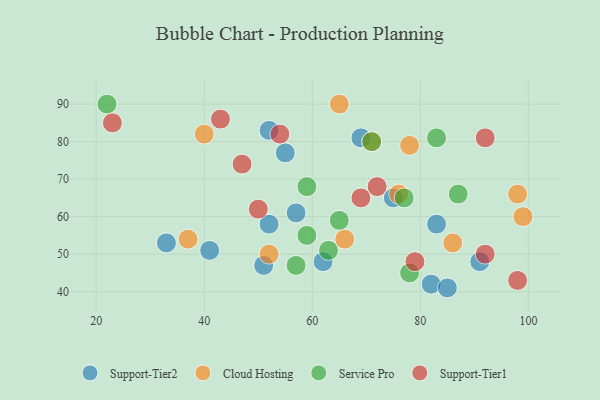
{"axis": {"x": "GDP", "y": "Life Expectancy"}, "legend": ["Cloud Hosting", "Service Pro", "Support-Tier1", "Support-Tier2"], "data": [{"x": "41", "y": 51, "type": "Support-Tier2"}, {"x": "82", "y": 42, "type": "Support-Tier2"}, {"x": "33", "y": 53, "type": "Support-Tier2"}, {"x": "91", "y": 48, "type": "Support-Tier2"}, {"x": "75", "y": 65, "type": "Support-Tier2"}, {"x": "69", "y": 81, "type": "Support-Tier2"}, {"x": "52", "y": 58, "type": "Support-Tier2"}, {"x": "62", "y": 48, "type": "Support-Tier2"}, {"x": "55", "y": 77, "type": "Support-Tier2"}, {"x": "85", "y": 41, "type": "Support-Tier2"}, {"x": "52", "y": 83, "type": "Support-Tier2"}, {"x": "57", "y": 61, "type": "Support-Tier2"}, {"x": "51", "y": 47, "type": "Support-Tier2"}, {"x": "83", "y": 58, "type": "Support-Tier2"}, {"x": "86", "y": 53, "type": "Cloud Hosting"}, {"x": "76", "y": 66, "type": "Cloud Hosting"}, {"x": "37", "y": 54, "type": "Cloud Hosting"}, {"x": "98", "y": 66, "type": "Cloud Hosting"}, {"x": "40", "y": 82, "type": "Cloud Hosting"}, {"x": "66", "y": 54, "type": "Cloud Hosting"}, {"x": "65", "y": 90, "type": "Cloud Hosting"}, {"x": "52", "y": 50, "type": "Cloud Hosting"}, {"x": "71", "y": 80, "type": "Cloud Hosting"}, {"x": "99", "y": 60, "type": "Cloud Hosting"}, {"x": "78", "y": 79, "type": "Cloud Hosting"}, {"x": "59", "y": 68, "type": "Service Pro"}, {"x": "83", "y": 81, "type": "Service Pro"}, {"x": "71", "y": 80, "type": "Service Pro"}, {"x": "57", "y": 47, "type": "Service Pro"}, {"x": "59", "y": 55, "type": "Service Pro"}, {"x": "87", "y": 66, "type": "Service Pro"}, {"x": "63", "y": 51, "type": "Service Pro"}, {"x": "78", "y": 45, "type": "Service Pro"}, {"x": "65", "y": 59, "type": "Service Pro"}, {"x": "22", "y": 90, "type": "Service Pro"}, {"x": "77", "y": 65, "type": "Service Pro"}, {"x": "72", "y": 68, "type": "Support-Tier1"}, {"x": "79", "y": 48, "type": "Support-Tier1"}, {"x": "92", "y": 50, "type": "Support-Tier1"}, {"x": "47", "y": 74, "type": "Support-Tier1"}, {"x": "54", "y": 82, "type": "Support-Tier1"}, {"x": "92", "y": 81, "type": "Support-Tier1"}, {"x": "69", "y": 65, "type": "Support-Tier1"}, {"x": "43", "y": 86, "type": "Support-Tier1"}, {"x": "50", "y": 62, "type": "Support-Tier1"}, {"x": "98", "y": 43, "type": "Support-Tier1"}, {"x": "23", "y": 85, "type": "Support-Tier1"}]}